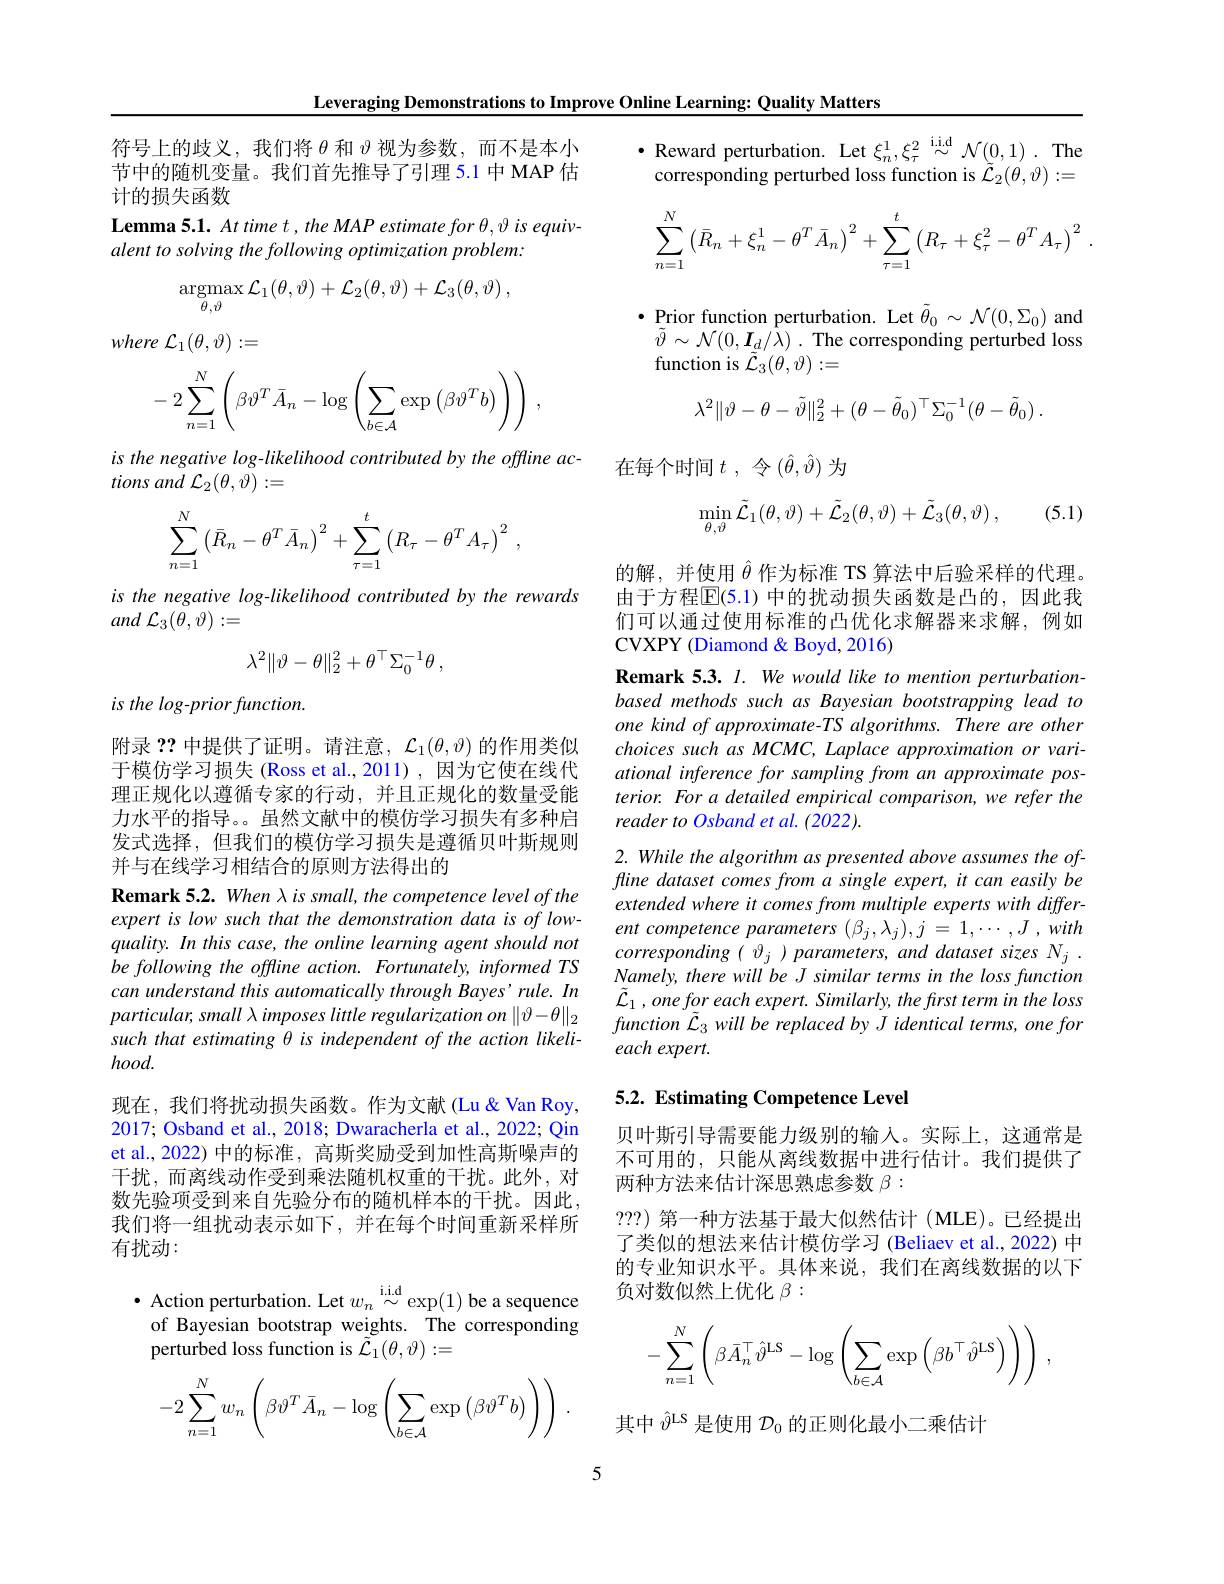
Leveraging Demonstrations to Improve Online Learning: Quality Matters

符号上的歧义，我们将$\theta$和$\vartheta$视为参数，而不是本小节中的随机变量。我们首先推导了引理 5.1 中 MAP 估计的损失函数
Lemma 5.1. At time t , the MAP estimate for \theta, \vartheta is equiv-
alent to solving the following optimization problem:
$$\mathop{\mathrm{argmax}}\limits_{\theta,\vartheta}\mathcal{L}_{1}(\theta,\vartheta)+\mathcal{L}_{2}(\theta,\vartheta)+\mathcal{L}_{3}(\theta,\vartheta)\:,$$
where ${\mathcal{L} }_{1}( \theta , \vartheta ) : =$
$$-2\sum_{n=1}^N\left(\beta\vartheta^T\bar{A}_n-\log\left(\sum_{b\in\mathcal{A}}\exp\left(\beta\vartheta^Tb\right)\right)\right)\:,$$
is the negative log- likelihood contributed by the offline ac-
tions and $\mathcal{L}_2(\theta,\vartheta):=$
$$\displaystyle\sum_{n=1}^N\left(\bar{R}_n-\theta^T\bar{A}_n\right)^2+\displaystyle\sum_{\tau=1}^t\left(R_\tau-\theta^TA_\tau\right)^2\:,$$
is the negative log-likelihood contributed by the rewards
and $\mathcal{L} _{3}( \theta , \vartheta ) : =$
$$\lambda^2\|\vartheta-\theta\|_2^2+\theta^\top\Sigma_0^{-1}\theta\:,$$
is the log-prior function.

附录？?中提供了证明。请注意，$\mathcal{L}_1(\theta,\vartheta)$的作用类似于模仿学习损失 (Ross et al.,2011),因为它使***正规化以遵循专家的行动，并且正规化的数量受能力水平的指导。。虽然文献中的模仿学习损失有多种启发式选择，但我们的模仿学习损失是遵循贝叶斯规则并与在线学习相结合的原则方法得出的

Remark 5.2. When λis small, the competence level of the expert is low such that the demonstration data is of lowquality. In this case, the online learning agent should not be following the offline action. Fortunately, informed TS can understand this automatically through Bayes'rule. In particular, small \lambda imposes little regularization on $\|\vartheta-\theta\|_2$ such that estimating θ is independent of the action likelihood.
现在，我们将扰动损失函数。作为文献(Lu&Van Roy, 2017; Osband et al., 2018; Dwaracherla et al., 2022; Qin et al., 2022) 中的标准，高斯奖励受到加性高斯噪声的干扰，而离线动作受到乘法随机权重的干扰。此外，对数先验项受到来自先验分布的随机样本的干扰。因此， 我们将一组扰动表示如下，并在每个时间重新采样所有扰动：

$\begin{array}{l}\bullet&\text{Action perturbation. Let }w_{n}\stackrel{\mathrm{i.i.d}}{\sim}\exp(1)\text{be a sequence}\\\mathrm{of~Bayesian~bootstrap~weights.~The~corresponding}\end{array}$
perturbed loss function is $\tilde{\mathcal{L}}_1(\theta,\vartheta):=$
$$-2\sum_{n=1}^{N}w_{n}\left(\beta\vartheta^{T}\bar{A}_{n}-\log\left(\sum_{b\in\mathcal{A}}\exp\left(\beta\vartheta^{T}b\right)\right)\right)\:.$$
$\bullet$ Reward perturbation. Let $\xi _n^1, \xi _\tau ^2\overset {\mathrm{i. id}}{\operatorname* { \sim } }\mathcal{N} ( 0, 1)$ .The corresponding perturbed loss function is $\tilde{\mathcal{L}}_2(\theta,\vartheta):=$
$$\displaystyle\sum_{n=1}^N\left(\bar{R}_n+\xi_n^1-\theta^T\bar{A}_n\right)^2+\displaystyle\sum_{\tau=1}^t\left(R_\tau+\xi_\tau^2-\theta^TA_\tau\right)^2\:.$$
$\bullet$Prior function perturbation. Let $\tilde{\theta}_{0}\sim\mathcal{N}(0,\Sigma_{0})$ and $\tilde{\vartheta } \sim \mathcal{N} ( 0, \boldsymbol{I}_{d}/ \bar{\lambda } )$ .The corresponding perturbed loss function is $\tilde{\mathcal{L}}_3(\theta,\vartheta):=$
$$\lambda^2\|\vartheta-\theta-\tilde\vartheta\|_2^2+(\theta-\tilde\theta_0)^\top\Sigma_0^{-1}(\theta-\tilde\theta_0)\:.$$
在每个时间$t$ , $令 ( \hat{\theta } , \hat{\vartheta } )$为

(5.1)
$$\min_{\theta,\vartheta}\tilde{\mathcal{L}}_1(\theta,\vartheta)+\tilde{\mathcal{L}}_2(\theta,\vartheta)+\tilde{\mathcal{L}}_3(\theta,\vartheta)\:,$$
的解，并使用$\hat{\theta}$作为标准 TS 算法中后验采样的代理。由于方程$\overline{\mathbb{E}}(5.1)$ 中的扰动损失函数是凸的，因此我们可以通过使用标准的凸优化求解器来求解，例如CVXPY (Diamond & Boyd, 2016)

Remark 5.3. l. We would like to mention perturbationbased methods such as Bayesian bootstrapping lead to one kind of approximate- TS algorithms. There are other choices such as MCMC, Laplace approximation or variational inference for sampling from an approximate posterior. For a detailed empirical comparison, we refer the reader to Osband et al. (2022).

2. While the algorithm as presented above assumes the offline dataset comes from a single expert, it can easily be extended where it comes from multiple experts with different competence parameters ( β j, λj),j = 1, ⋯, J , with corresponding ( $\vartheta _{j}$ ) $parameters$, and dataset sizes $N_{j}$ . Namely, there will be J similar terms in the loss function $\tilde{\mathcal{L} } _{1}$ $, onefor$ each $expert.$ $Similarly, the$ frst term $in$ the loss $function~\tilde{\mathcal{L}}_{3}~will~be~replaced~by~J~identical~terms,~one~for$ each expert.

## 5.2. Estimating Competence Level

贝叶斯引导需要能力级别的输入。实际上，这通常是不可用的，只能从离线数据中进行估计。我们提供了两种方法来估计深思熟虑参数$\beta:$
???) 第一种方法基于最大似然估计 (MLE)。已经提出了类似的想法来估计模仿学习 (Beliaev et al., 2022) 中的专业知识水平。具体来说，我们在离线数据的以下负对数似然上优化$\beta:$
$$-\sum_{n=1}^N\left(\beta\bar{A}_n^\top\hat{\vartheta}^\mathrm{LS}-\log\left(\sum_{b\in\mathcal{A}}\exp\left(\beta b^\top\hat{\vartheta}^\mathrm{LS}\right)\right)\right)\:,$$
其中$\hat{\vartheta}^\mathrm{LS}$是使用$\mathcal{D}_0$的正则化最小二乘估计

5